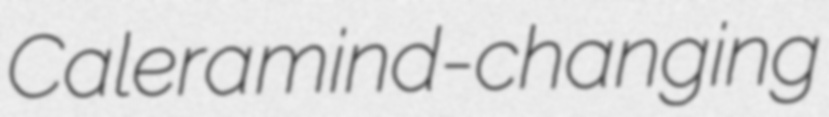
Calera mind-changing